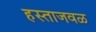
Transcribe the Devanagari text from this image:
हस्ताजवळ